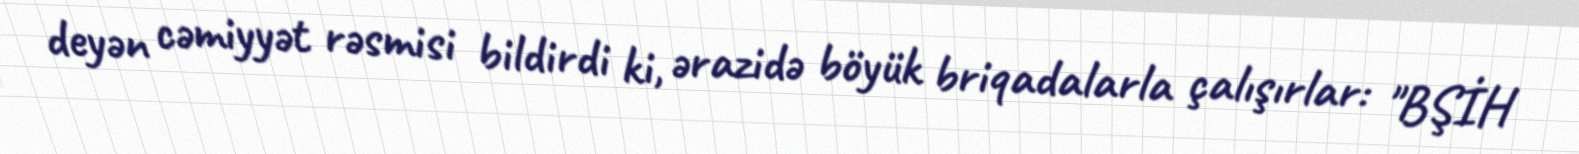
deyən cəmiyyət rəsmisi bildirdi ki, ərazidə böyük briqadalarla çalışırlar: "BŞİH